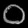
Digit: ၀